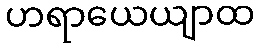
ဟရာယေယျာထ